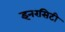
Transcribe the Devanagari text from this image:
इनरसिटी